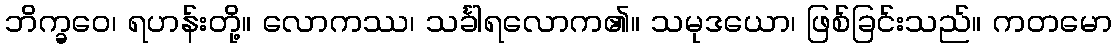
ဘိက္ခဝေ၊ ရဟန်းတို့။ လောကဿ၊ သင်္ခါရလောက၏။ သမုဒယော၊ ဖြစ်ခြင်းသည်။ ကတမော